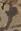
十